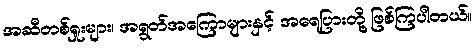
အဆီတစ်ရှုးများ၊ အရွတ်အကြောများနှင့် အရေပြားတို့ ဖြစ်ကြပါတယ်။